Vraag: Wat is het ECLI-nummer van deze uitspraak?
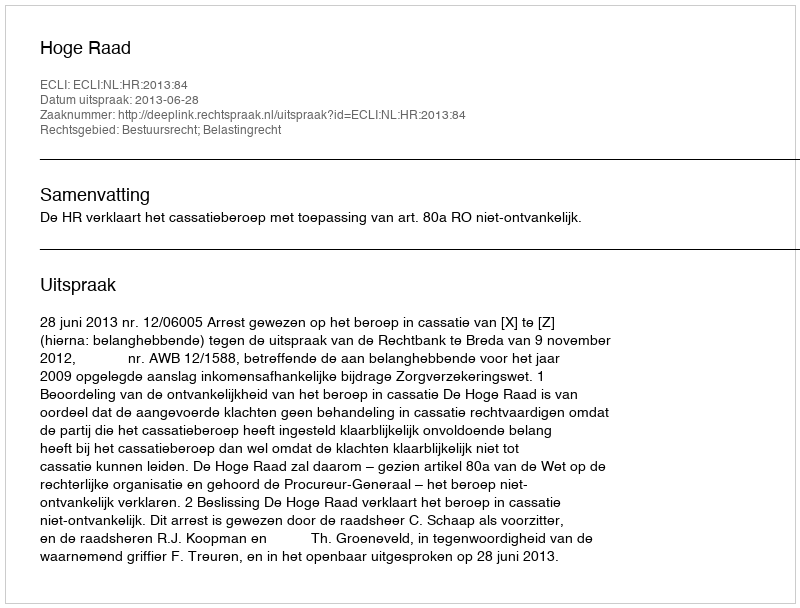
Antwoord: ECLI:NL:HR:2013:84